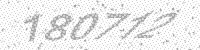
Solution: 180712